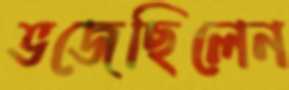
ভজেছিলেন